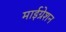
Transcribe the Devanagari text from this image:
माईग्रेशन